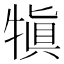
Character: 𤛇